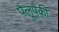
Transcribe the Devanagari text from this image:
पैलूंपैकी